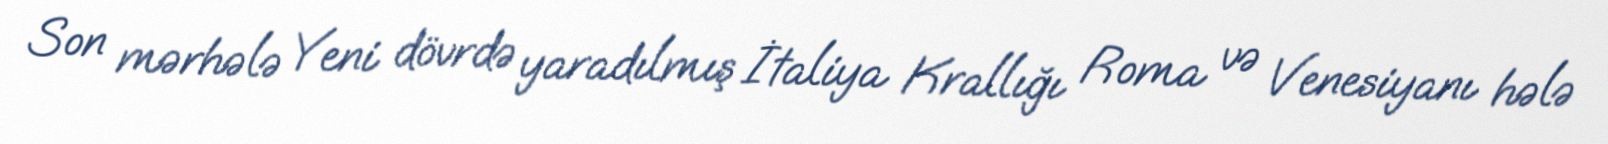
Son mərhələ Yeni dövrdə yaradılmış İtaliya Krallığı Roma və Venesiyanı hələ